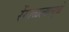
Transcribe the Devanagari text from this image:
रेंगाळल्यामुळे